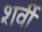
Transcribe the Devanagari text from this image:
शर्वी